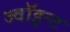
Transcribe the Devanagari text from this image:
ज्वॉइन्ट